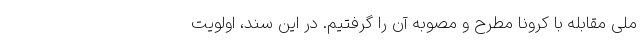
ملی مقابله با کرونا مطرح و مصوبه آن را گرفتیم. در این سند، اولویت